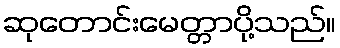
ဆုတောင်းမေတ္တာပို့သည်။